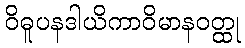
ဝိဓူပနဒါယိကာဝိမာနဝတ္ထု